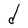
Character: d